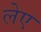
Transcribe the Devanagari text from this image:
लेए